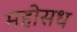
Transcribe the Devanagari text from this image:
महोसध